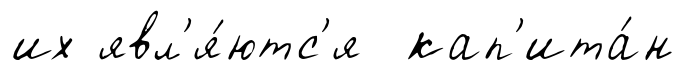
их явл'я́ютс'я кап'ита́н